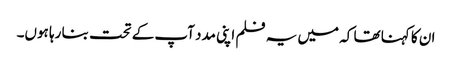
ان کا کہنا تھا کہ میں یہ فلم اپنی مدد آپ کے تحت بنا رہا ہوں۔